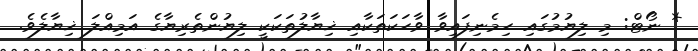
* ނޯޓް: މި ލިޔުމުގައި ހިމެނިފައިވާ ވާހަކަތަކާއި ޚިޔާލުތަކަކީ ލިޔުންތެރިޔާގެ އަމިއްލަ ޚިޔާލެވެ.